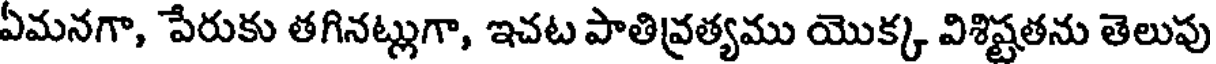
ఏమనగా, పేరుకు తగినట్లుగా, ఇచట పాతివ్రత్యము యొక్క విశిష్టతను తెలుపు